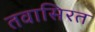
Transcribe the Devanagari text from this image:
तवासिरत